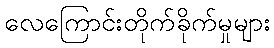
လေကြောင်းတိုက်ခိုက်မှုများ